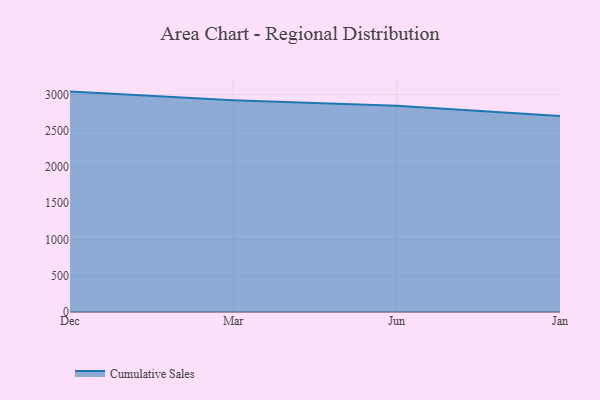
{"axis": {"x": "Month", "y": "Temperature (°C)"}, "legend": ["Cumulative Sales"], "data": [{"x": "Dec", "y": 3040.0, "type": "Cumulative Sales"}, {"x": "Mar", "y": 2919.2, "type": "Cumulative Sales"}, {"x": "Jun", "y": 2843.3, "type": "Cumulative Sales"}, {"x": "Jan", "y": 2702.2, "type": "Cumulative Sales"}]}